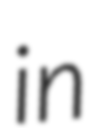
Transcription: in